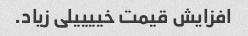
افزایش قیمت خییییلى زیاد.